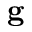
\textbf { g }